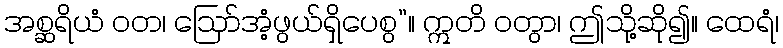
အစ္ဆရိယံ ဝတ၊ ဩော်အံ့ဖွယ်ရှိပေစွ”။ ဣတိ ဝတွာ၊ ဤသို့ဆို၍။ ထေရံ၊